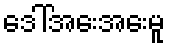
ဒေါ်အေးအေးမူ